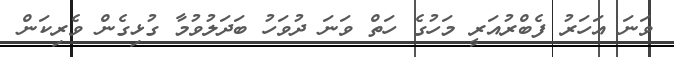
ވަނަ އަހަރު ފެބްރުއަރީ މަހުގެ ހަތް ވަނަ ދުވަހު ބަދަލުވުމާ ގުޅިގެން ވެރިކަން